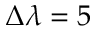
\Delta \lambda = 5